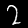
Digit: 2